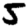
Digit: 5